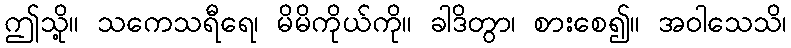
ဤသို့။ သကေသရီရေ၊ မိမိကိုယ်ကို။ ခါဒိတွာ၊ စားစေ၍။ အဝါသေသိ၊